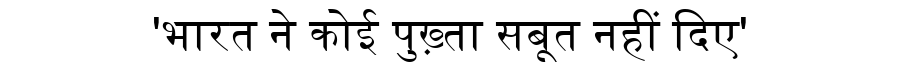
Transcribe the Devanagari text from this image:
'भारत ने कोई पुख़्ता सबूत नहीं दिए'